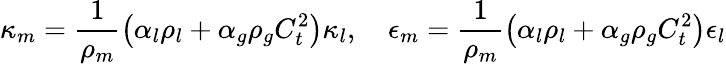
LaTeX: \kappa_{m}=\frac{1}{\rho_{m}}\left(\alpha_{l}\rho_{l}+\alpha_{g}\rho_{g}C_{t}^{2}\right)\kappa_{l},\quad\epsilon_{m}=\frac{1}{\rho_{m}}\left(\alpha_{l}\rho_{l}+\alpha_{g}\rho_{g}C_{t}^{2}\right)\epsilon_{l}